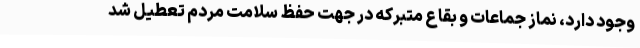
وجود دارد، نماز جماعات و بقاع متبرکه در جهت حفظ سلامت مردم تعطیل شد